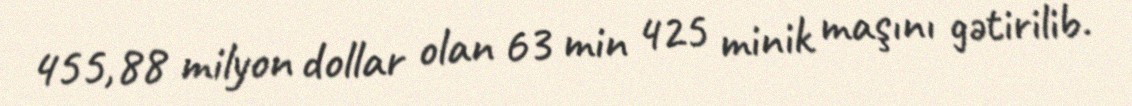
455,88 milyon dollar olan 63 min 425 minik maşını gətirilib.